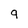
Character: 9